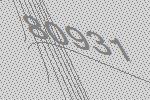
80931